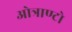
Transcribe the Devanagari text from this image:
ओत्राण्टो